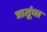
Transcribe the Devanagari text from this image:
ऋतूंचा